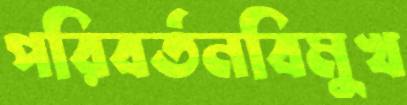
পরিবর্তনবিমুখ